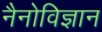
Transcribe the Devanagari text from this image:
नैनोविज्ञान